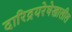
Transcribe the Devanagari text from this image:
दारिद्रयरेषेखालील